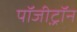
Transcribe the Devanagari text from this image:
पॉजी़ट्रॉन